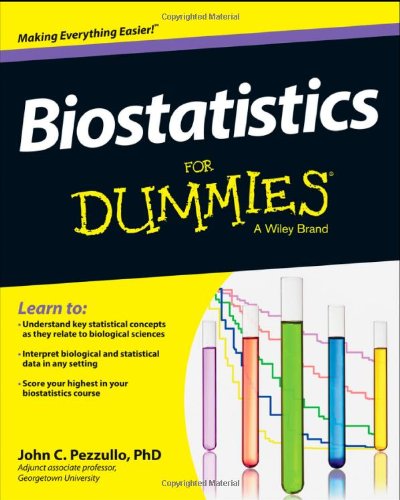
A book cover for Biostatistics For Dummies; John Pezzullo; Medical Books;